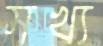
সখ্য